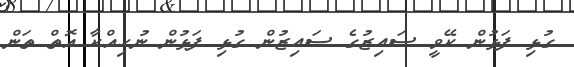
ގުޅި ފަޅުން ކޭވީ ސައިޒުގެ ސައިޒުން ގުޅި ފަޅުން ނުހިއްކާ އޮތް ތަން